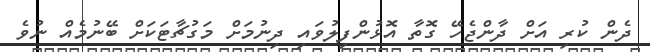
ދެން ކުރި އަށް ދާންޖެހޭ ގޮތާ އޮޅުންފިލުވައި ދިނުމަށް މަގުޗާޓަކަށް ބޭނުމެއް ނުވެ